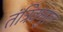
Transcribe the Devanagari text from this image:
तंत्रिक्गुरु